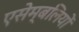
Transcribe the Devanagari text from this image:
एसेम्बलियों